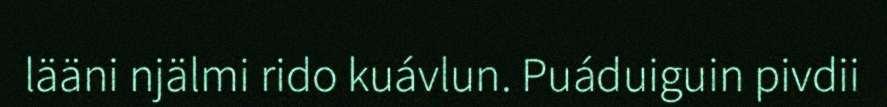
lääni njälmi rido kuávlun. Puáduiguin pivdii